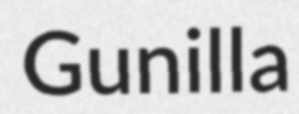
Gunilla